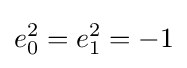
e_{0}^{2}=e_{1}^{2}=-1